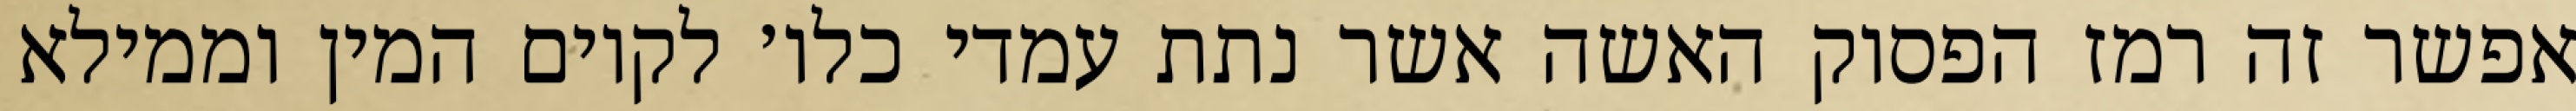
אפשר זה רמז הפסוק האשה אשר נתת עמדי כלו׳ לקיום המין וממילא